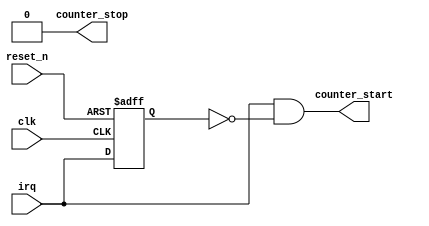
module irq_detector #(
parameter INTR_TYPE = 1'b1
)(
   clk,
	reset_n,
	irq,
	counter_start,
	counter_stop
);

input   wire  clk;
input   wire  irq;
input   wire  reset_n;
output  wire  counter_start;
output  wire  counter_stop;

reg irq_d;

always @ (posedge clk or negedge reset_n)
   if (~reset_n) begin
        irq_d <= 1'b0;
   end
   else begin
	     irq_d <= irq;
   end
	
generate
if (INTR_TYPE == 1'b0) begin	
	
 assign counter_stop = ~irq & irq_d;
 assign counter_start = irq & ~irq_d;
 
end else begin

  assign counter_start = irq & ~irq_d;
  assign counter_stop = 1'b0;
  
end
endgenerate

endmodule